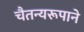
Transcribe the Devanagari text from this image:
चैतन्यरूपाने